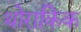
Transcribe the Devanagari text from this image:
थोराकिक